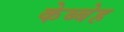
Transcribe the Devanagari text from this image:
केब्बेह